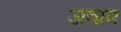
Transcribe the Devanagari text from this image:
जवाव